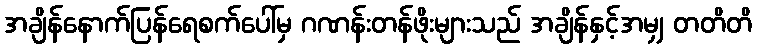
အချိန်နောက်ပြန်ရေစက်ပေါ်မှ ဂဏန်းတန်ဖိုးများသည် အချိန်နှင့်အမျှ တတိတိ